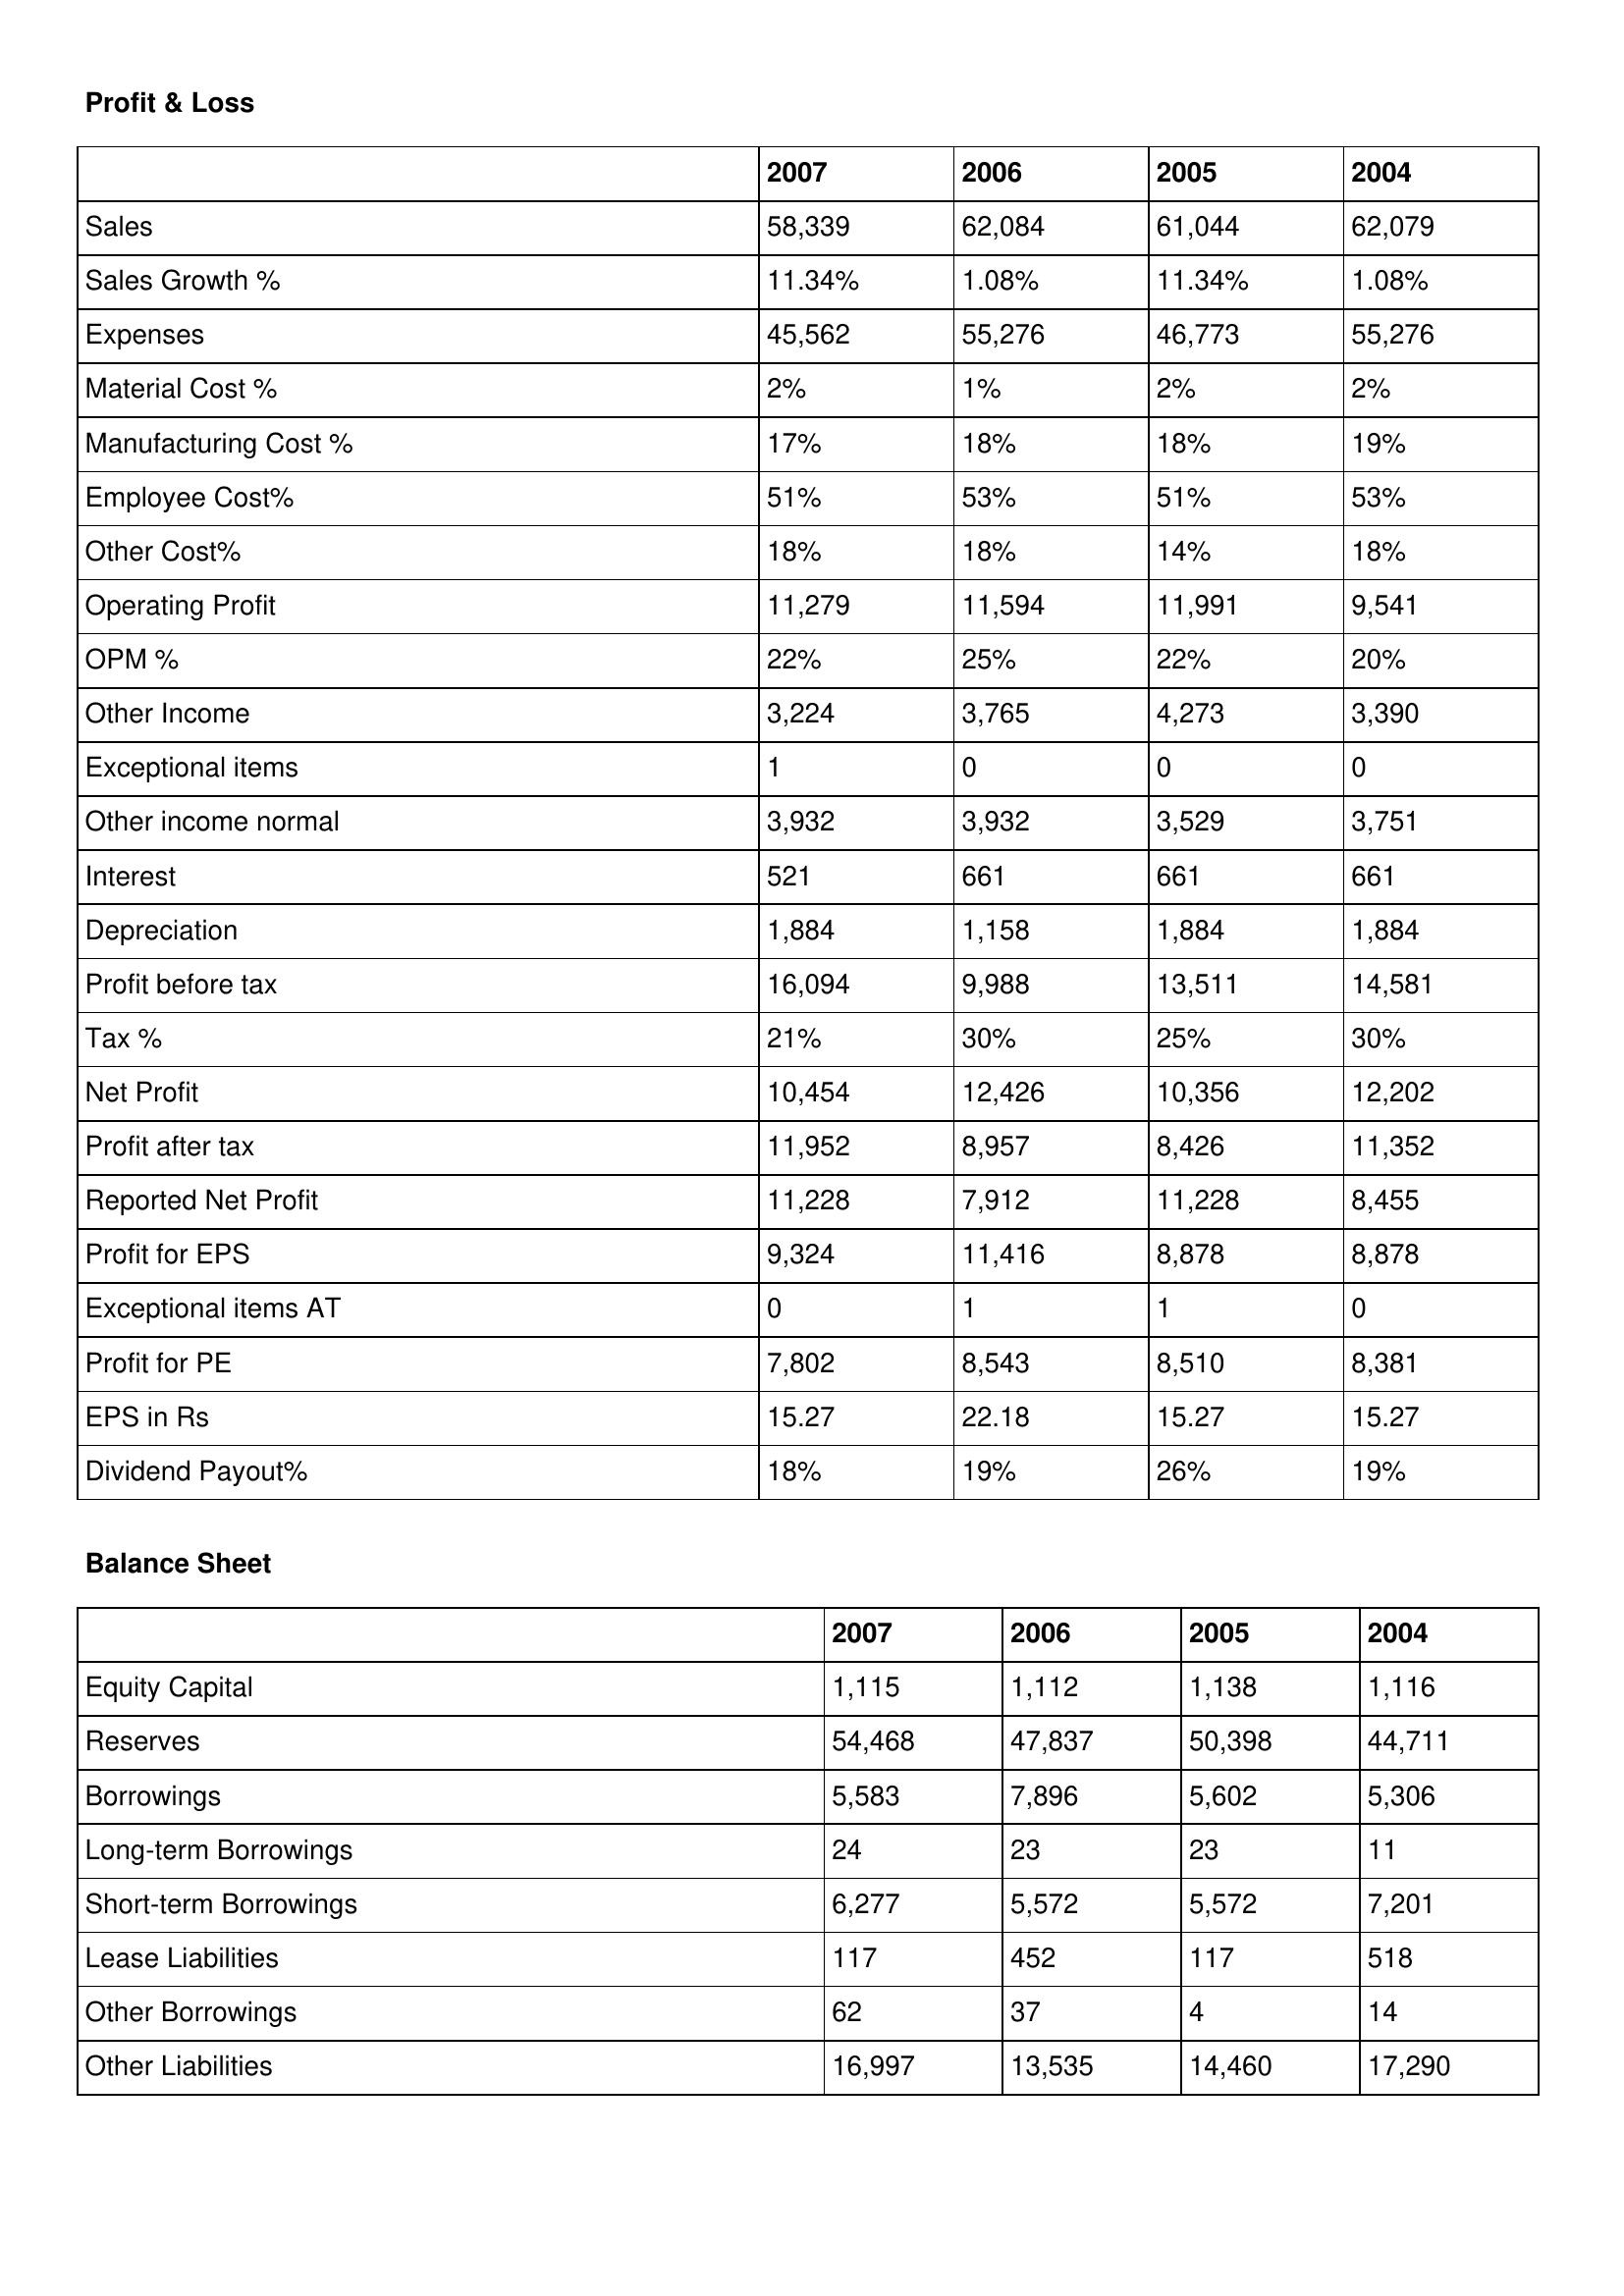
gt_parse: 2007: Profit & Loss: Sales: 58,339
Sales Growth %: 11.34%
Expenses: 45,562
Material Cost %: 2%
Manufacturing Cost %: 17%
Employee Cost%: 51%
Other Cost%: 18%
Operating Profit: 11,279
OPM %: 22%
Other Income: 3,224
Exceptional items: 1
Other income normal: 3,932
Interest: 521
Depreciation: 1,884
Profit before tax: 16,094
Tax %: 21%
Net Profit: 10,454
Profit after tax: 11,952
Reported Net Profit: 11,228
Profit for EPS: 9,324
Exceptional items AT: 0
Profit for PE: 7,802
EPS in Rs: 15.27
Dividend Payout%: 18%
Balance Sheet: Equity Capital: 1,115
Reserves: 54,468
Borrowings: 5,583
Long-term Borrowings: 24
Short-term Borrowings: 6,277
Lease Liabilities: 117
Other Borrowings: 62
Other Liabilities: 16,997
2006: Profit & Loss: Sales: 62,084
Sales Growth %: 1.08%
Expenses: 55,276
Material Cost %: 1%
Manufacturing Cost %: 18%
Employee Cost%: 53%
Other Cost%: 18%
Operating Profit: 11,594
OPM %: 25%
Other Income: 3,765
Exceptional items: 0
Other income normal: 3,932
Interest: 661
Depreciation: 1,158
Profit before tax: 9,988
Tax %: 30%
Net Profit: 12,426
Profit after tax: 8,957
Reported Net Profit: 7,912
Profit for EPS: 11,416
Exceptional items AT: 1
Profit for PE: 8,543
EPS in Rs: 22.18
Dividend Payout%: 19%
Balance Sheet: Equity Capital: 1,112
Reserves: 47,837
Borrowings: 7,896
Long-term Borrowings: 23
Short-term Borrowings: 5,572
Lease Liabilities: 452
Other Borrowings: 37
Other Liabilities: 13,535
2005: Profit & Loss: Sales: 61,044
Sales Growth %: 11.34%
Expenses: 46,773
Material Cost %: 2%
Manufacturing Cost %: 18%
Employee Cost%: 51%
Other Cost%: 14%
Operating Profit: 11,991
OPM %: 22%
Other Income: 4,273
Exceptional items: 0
Other income normal: 3,529
Interest: 661
Depreciation: 1,884
Profit before tax: 13,511
Tax %: 25%
Net Profit: 10,356
Profit after tax: 8,426
Reported Net Profit: 11,228
Profit for EPS: 8,878
Exceptional items AT: 1
Profit for PE: 8,510
EPS in Rs: 15.27
Dividend Payout%: 26%
Balance Sheet: Equity Capital: 1,138
Reserves: 50,398
Borrowings: 5,602
Long-term Borrowings: 23
Short-term Borrowings: 5,572
Lease Liabilities: 117
Other Borrowings: 4
Other Liabilities: 14,460
2004: Profit & Loss: Sales: 62,079
Sales Growth %: 1.08%
Expenses: 55,276
Material Cost %: 2%
Manufacturing Cost %: 19%
Employee Cost%: 53%
Other Cost%: 18%
Operating Profit: 9,541
OPM %: 20%
Other Income: 3,390
Exceptional items: 0
Other income normal: 3,751
Interest: 661
Depreciation: 1,884
Profit before tax: 14,581
Tax %: 30%
Net Profit: 12,202
Profit after tax: 11,352
Reported Net Profit: 8,455
Profit for EPS: 8,878
Exceptional items AT: 0
Profit for PE: 8,381
EPS in Rs: 15.27
Dividend Payout%: 19%
Balance Sheet: Equity Capital: 1,116
Reserves: 44,711
Borrowings: 5,306
Long-term Borrowings: 11
Short-term Borrowings: 7,201
Lease Liabilities: 518
Other Borrowings: 14
Other Liabilities: 17,290